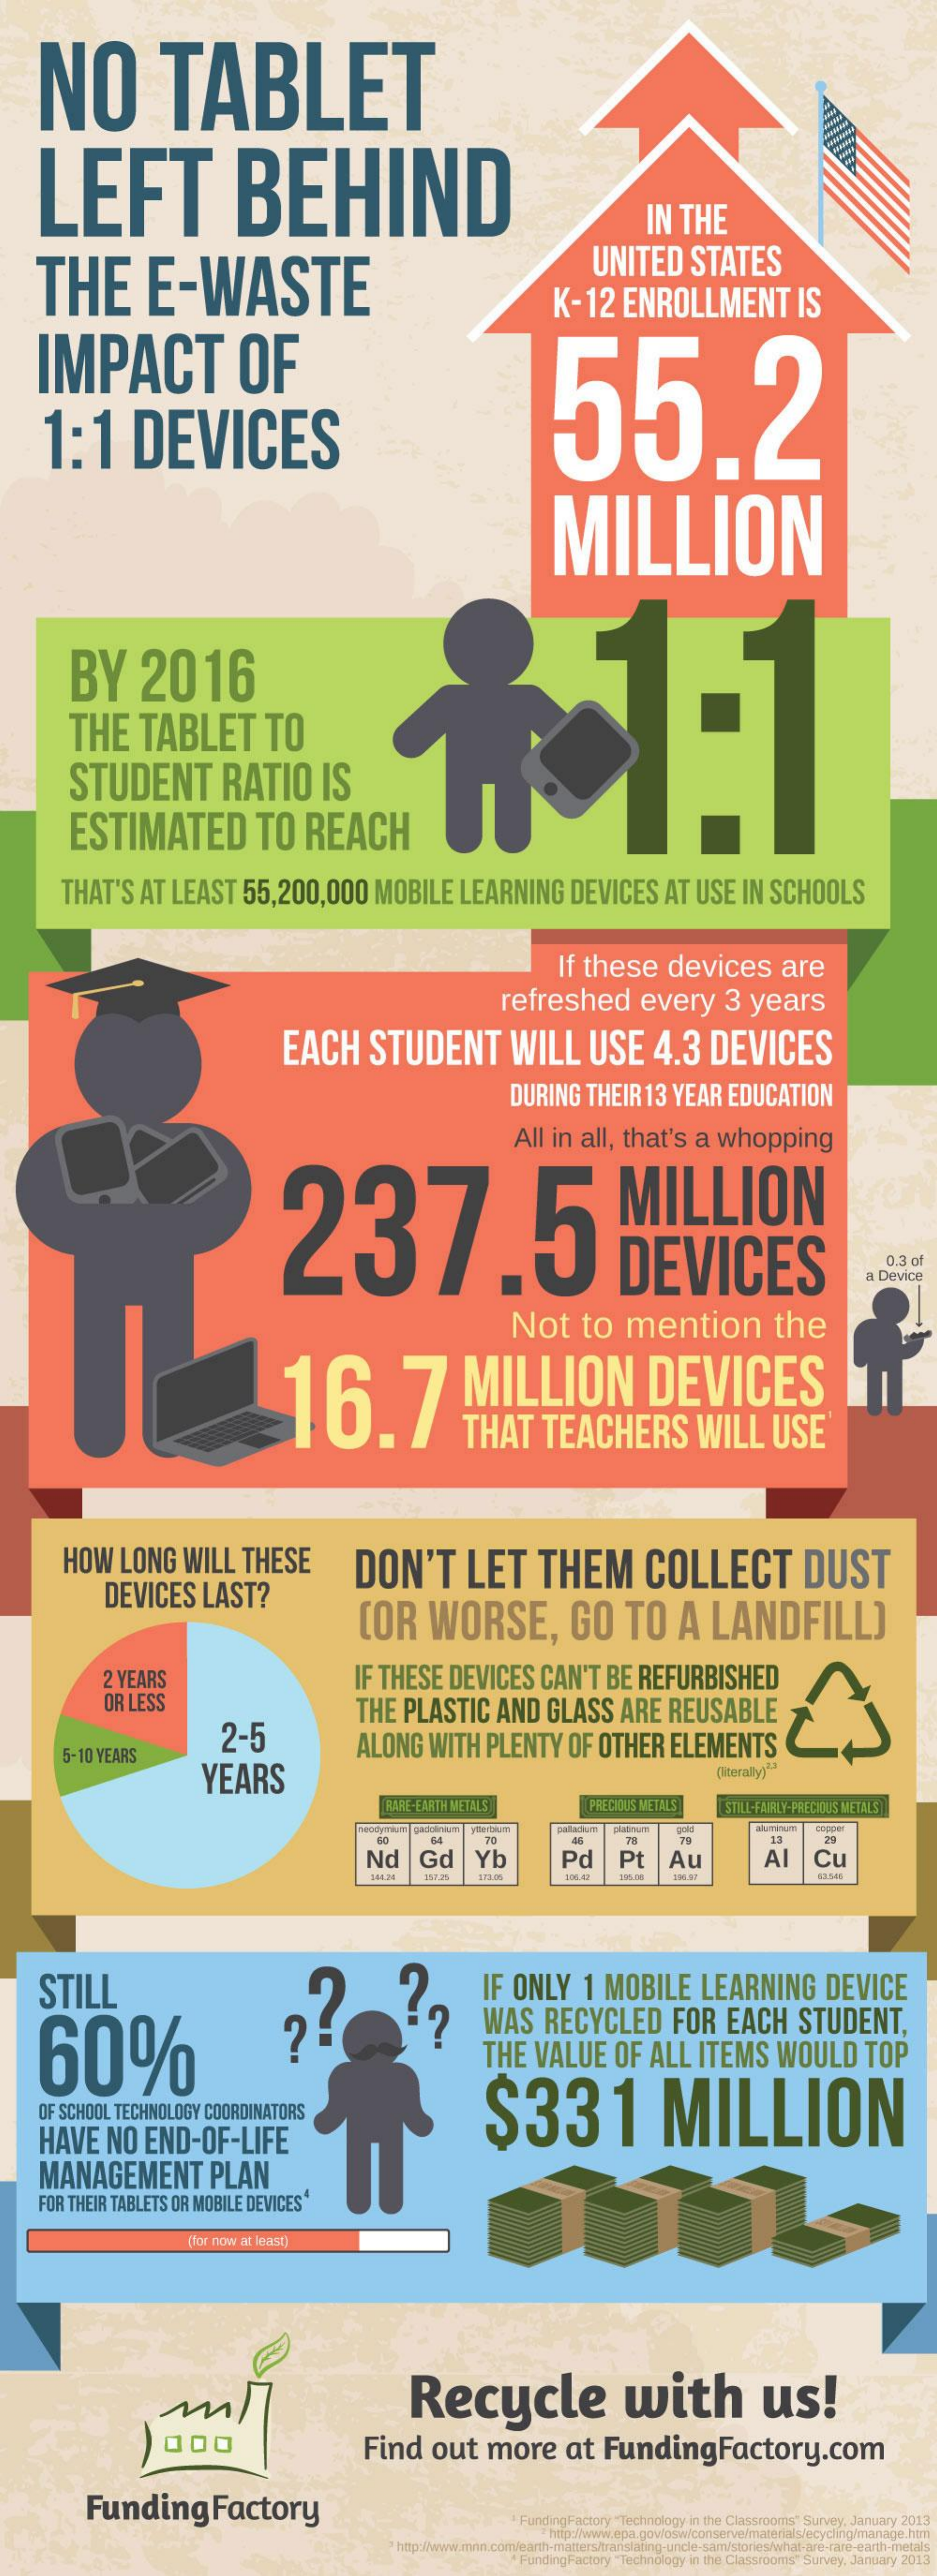
NO    TABLET
     LEFT    BEHIND
     IN   THE
     THE    E-WASTE
     UNITED    STATES
     K-12    ENROLLMENT    IS
     IMPACT    OF
     1:1    DEVICES    55.2
     MILLION
     BY    2016
     1    1:1 THE TABLET TO
     STUDENT    RATIO    IS
     ESTIMATED    TO    REACH
     THAT'S    AT    LEAST    55,200,000    MOBILE    LEARNING    DEVICES    AT   USE    IN   SCHOOLS
     If these    devices    are
     refreshed    every    3   years
     EACH    STUDENT    WILL    USE    4.3    DEVICES
     DURING    THEIR    13  YEAR    EDUCATION
     All  in   all,   that's    a  whopping
     237.5    MILLION
     DEVICES    0.3 of
     a Device
     Not    to    mention    the
     16.7!    MILLION    DEVICES
     THAT    TEACHERS    WILL    USE'
     HOW    LONG    WILL    THESE    DON'T    LET    THEM    COLLECT    DUST
     DEVICES    LAST?
     [OR    WORSE,    GO    TO    A    LANDFILL]
     2 YEARS    IF  THESE    DEVICES    CAN'T    BE    REFURBISHED
     OR  LESS
     2-5
     THE    PLASTIC    AND    GLASS    ARE    REUSABLE
     5-10  YEARS
     YEARS
     ALONG    WITH    PLENTY    OF   OTHER    ELEMENTS
     (literally)2.
     RARE-EARTH METALS    PRECIOUS METALS    STILL-FAIRLY-PRECIOUS METALS
     64    70    74    29
     Nd    Gd    Yb    Pd    Pt    Au    AI    Cu
     122.06    LOK.43    83.546
     STILL
     60%
     ?.   ?
     IF  ONLY    1   MOBILE    LEARNING    DEVICE
     WAS    RECYCLED    FOR    EACH    STUDENT,
     THE    VALUE    OF    ALL    ITEMS    WOULD    TOP
     $331    MILLION OF SCHOOL TECHNOLOGY COORDINATORS
     HAVE    NO    END-OF-LIFE
     MANAGEMENT    PLAN
     FOR  THEIR  TABLETS   OR MOBILE   DEVICES4
     (for now at least)
     Recycle    with    us!
     000    Find    out    more    at    FundingFactory.com
     Funding    Factory
     " FundingFactory "Technology in the Classrooms" Survey, January 2013
     " http:/www.min.com/earth-matters/translating;uncle-sam/stories/what are-rare-earth-metals
     " Funding Factory "Technology in the Classrooms" Survey, January 2013